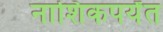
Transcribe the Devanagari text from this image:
नाशिकपर्यंत